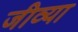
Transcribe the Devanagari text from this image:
जीव्या